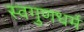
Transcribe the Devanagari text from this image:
स्वगुणधर्म